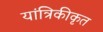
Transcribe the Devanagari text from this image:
यांत्रिकीकृत